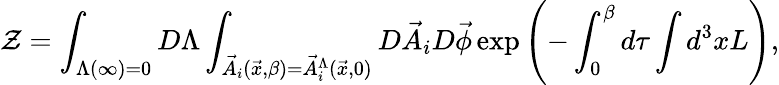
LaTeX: {\cal Z}=\int_{\Lambda(\infty)=0}D\Lambda\int_{{\vec{A}}_{i}({\vec{x}},\beta)={\vec{A}}_{i}^{\Lambda}({\vec{x}},0)}{D}{\vec{A}}_{i}D{\vec{\phi}}\exp\left(-\int_{0}^{\beta}d\tau\int d^{3}xL\right),